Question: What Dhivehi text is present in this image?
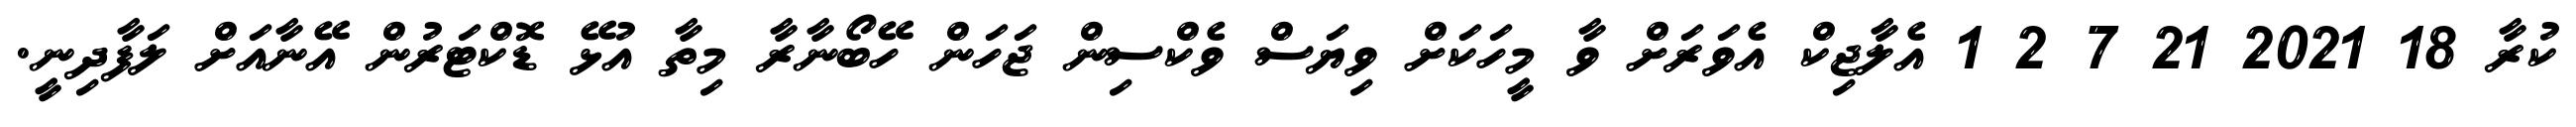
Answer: ކުރާ 18 2021 21 7 2 1 އެލާޖިކް އެވަރަށް ވާ މީހަކަށް ވިޔަސް ވެކްސިން ޖަހަން ހޭބޯނާރާ މިތާ އުޅޭ ޑޮކްޓަރުން އޭނާއަށް ލަފާދިނީ.